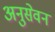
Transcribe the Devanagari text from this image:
अनुसेवन